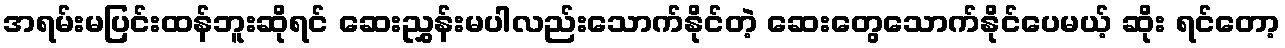
အရမ်းမပြင်းထန်ဘူးဆိုရင် ဆေးညွှန်းမပါလည်းသောက်နိုင်တဲ့ ဆေးတွေသောက်နိုင်ပေမယ့် ဆိုး ရင်တော့